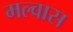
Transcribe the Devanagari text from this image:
मल्वास